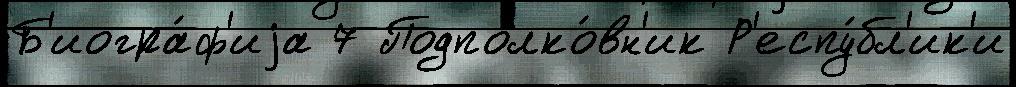
Б'иогра́ф'иjа 7 Подполко́вн'ик Р'еспу́бл'ик'и